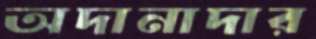
অদানাদার